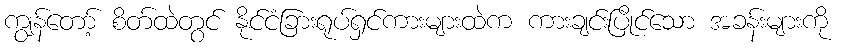
ကျွန်တော့် စိတ်ထဲတွင် နိုင်ငံခြားရုပ်ရှင်ကားများထဲက ကားချင်းပြိုင်သော အခန်းများကို